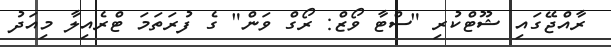
ރާއްޖޭގައި ޝޫޓްކުރި "ސްޓާ ވޯޒް: ރޯގް ވަން" ގެ ފުރަތަމަ ޓްރެއިލާ މިއަދު